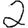
Digit: 2